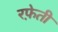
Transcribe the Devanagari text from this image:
रफे़ती